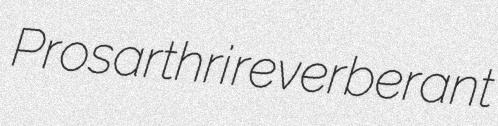
Prosarthri reverberant